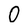
Character: 0